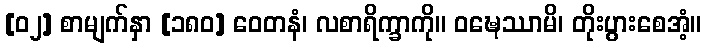
[၀၂] စာမျက်နှာ [၁၈၀] ဝေတနံ၊ လစာရိက္ခာကို။ ဝဍ္ဎေဿာမိ၊ တိုးပွားစေအံ့။